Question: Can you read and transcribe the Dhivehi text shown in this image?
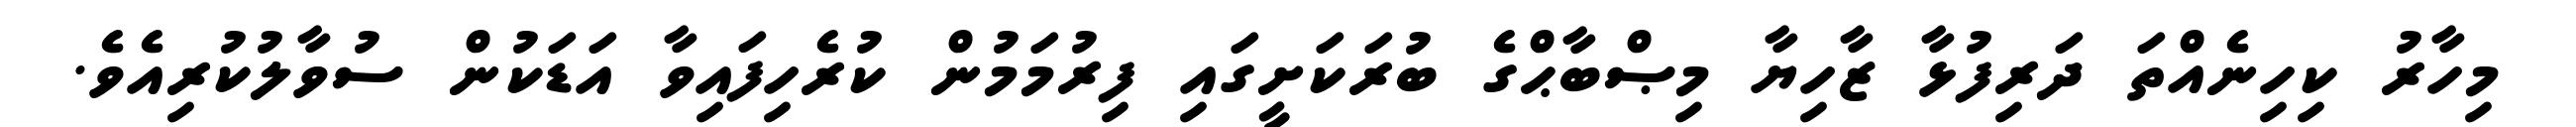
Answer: މިހާރު ކިހިނެއްތަ ދަރިފުޅާ ޒާހިޔާ މިޞްބާޙްގެ ބުރަކަށީގައި ފިރުމަމުން ކުރެހިފައިވާ އަޑަކުން ސުވާލުކުރިއެވެ.